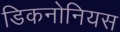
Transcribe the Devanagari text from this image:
डिकनोनियस